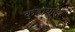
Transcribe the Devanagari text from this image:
कुडायात्तूर्